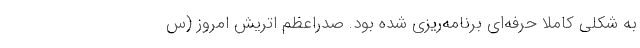
به شکلی کاملا حرفه‌ای برنامه‌ریزی شده بود. صدراعظم اتریش امروز (س